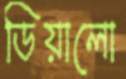
ডিয়ালো